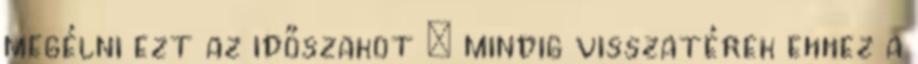
megélni ezt az időszakot – mindig visszatérek ehhez a